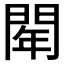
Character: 𨴞